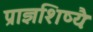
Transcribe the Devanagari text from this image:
प्राज्ञशिष्यैः